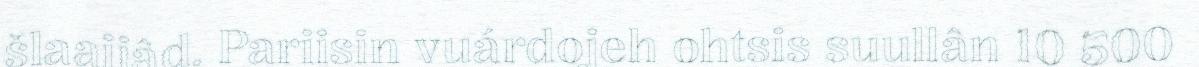
šlaaijâd. Pariisin vuárdojeh ohtsis suullân 10 500